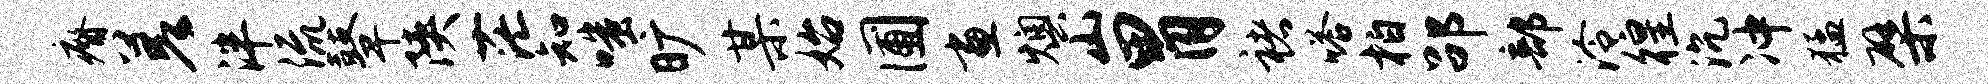
瘠差泮流鼙陕茫知嗤旷某始圃画燠山胃褚嗒柏劭部泠徨沉冲猛檗